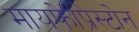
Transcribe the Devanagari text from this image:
मायफेप्रिस्टोन